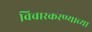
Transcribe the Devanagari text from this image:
विचारकरण्याच्या